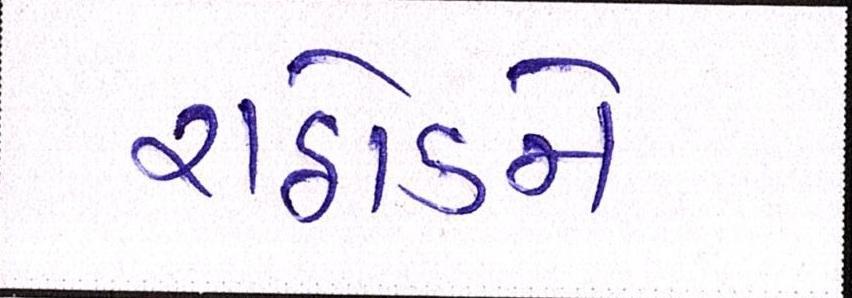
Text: રાઠોડને